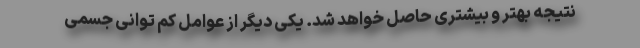
نتیجه بهتر و بیشتری حاصل خواهد شد. یکی دیگر از عوامل کم توانی جسمی